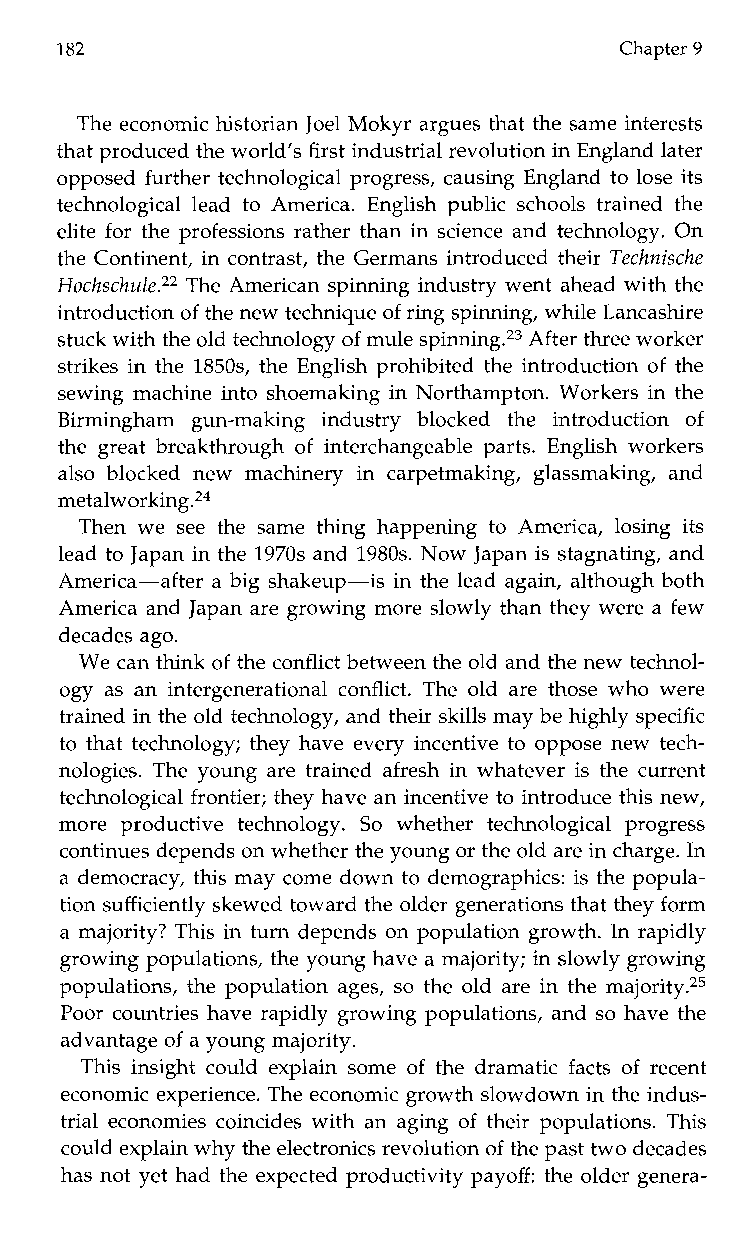
182                                  Chapter 9
 The economic historian Joel Mokyr argues that the same interests
 that produced the world’s first industrial revolution in England later
 opposed further technological progress, causing England to lose its
 technological lead to America. English public schools trained the
 elite for the professions rather than in science and technology. On
 the Continent, in contrast, the Germans introduced their Tecknische
 Hockscku2e.22 The American spinning industry went ahead with the
 introduction of the new technique of ring spinning, while Lancashire
 stuck with the old technology of mule spinning.23 After three worker
 strikes in the 1850s, the English prohibited the introduction of the
 sewing machine into shoemaking in Northampton. Workers in the
 Birminghamg un-makingi n dustry blocked the introduction of
 the great breakthrough of interchangeable parts. English workers
 also blocked newm achinery in carpetmaking, glassmaking, and
 metal~orking.~~
 Thenw e see the same thing happening to America, losing its
 lead to Japan in the 1970s and 1980s. Now Japan is stagnating, and
 America-after a big shakeup-is in the lead again, although both
 America and Japan are growing more slowly than they were a few
 decades ago.
 We can think of the conflict between the old and the new technol-
 ogy as an intergenerational conflict.T he old are those who were
 trained in the old technology, and their skills may be highly specific
 to that technology; they have every incentive to oppose new tech-
 nologies. The young are trained afresh in whatever is the current
 technological frontier; they have an incentive to introduce this new,
 morep roductive technology. So whether technological progress
 continues depends on whethert he young or the old are in charge. In
 a democracy, this may come down to demographics: is the popula-
 tion sufficiently skewed toward the older generations that they form
 a majority? This in turn depends on population growth. In rapidly
 growing populations, the young have a majority; in slowly growing
 populations, the population ages, so the old are in the majority.25
 Poor countries have rapidly growing populations, and so have the
 advantage of a young majority.
 This insight could explain some of the dramatic facts of recent
 economic experience. The economic growth slowdown in the indus-
 trial economies coincides with an aging of their populations. This
 could explain why the electronics revolution of the past two decades
 has not yet had the expected productivity payoff: the older genera-